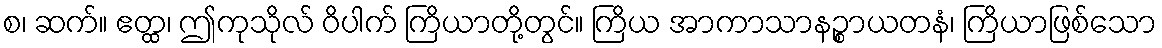
စ၊ ဆက်။ ဧတ္ထ၊ ဤကုသိုလ် ဝိပါက် ကြိယာတို့တွင်။ ကြိယ အာကာသာနဉ္စာယတနံ၊ ကြိယာဖြစ်သော